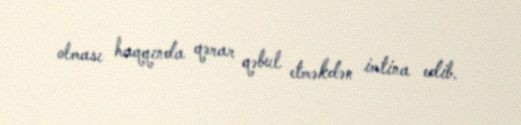
olması haqqında qərar qəbul etməkdən imtina edib.